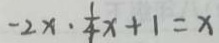
- 2 x \cdot \frac { 1 } { 4 } x + 1 = x